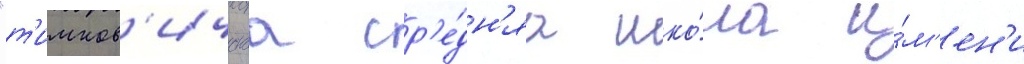
"т'имков'ичскаа ср'е́дн'яа шко́ла и́м'ен'и